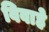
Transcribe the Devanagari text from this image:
विवाहे